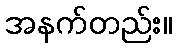
အနက်တည်း။